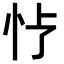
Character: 𪫢